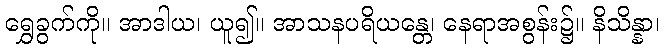
ရွှေခွက်ကို။ အာဒါယ၊ ယူ၍။ အာသနပရိယန္တေ၊ နေရာအစွန်း၌။ နိသိန္နာ၊